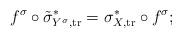
LaTeX: \begin{align*} f^\sigma \circ \tilde{\sigma}_{Y^\sigma, \mathrm{tr}}^{*} = \sigma_{X, \mathrm{tr}}^* \circ f^\sigma;\end{align*}